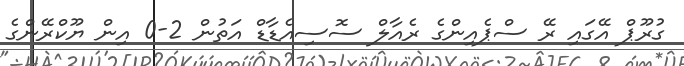
ގުރޫޕް އޭގައި ރޭ ސްޕެއިންގެ ރެއާލް ސޮސިއެޑާޑް އަތުން 2-0 އިން ޔޫކްރޭންގެ